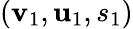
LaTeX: (\mathbf{v}_{1},\mathbf{u}_{1},s_{1})